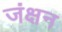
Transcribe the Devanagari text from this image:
जंक्षन